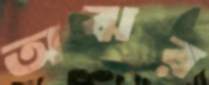
অঝর